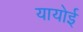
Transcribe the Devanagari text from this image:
यायोई